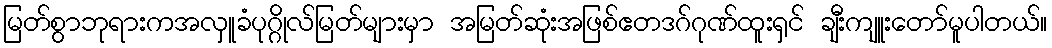
မြတ်စွာဘုရားကအလှူခံပုဂ္ဂိုလ်မြတ်များမှာ အမြတ်ဆုံးအဖြစ်ဧတဒဂ်ဂုဏ်ထူးရှင် ချီးကျူးတော်မူပါတယ်။